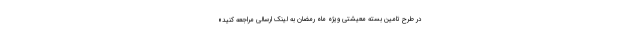
در طرح تامین بسته معیشتی ویژه ماه رمضان به لینک ارسالی مراجعه کنید»